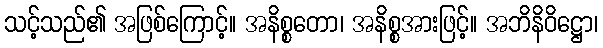
သင့်သည်၏ အဖြစ်ကြောင့်။ အနိစ္စတော၊ အနိစ္စအားဖြင့်။ အဘိနိဝိဋ္ဌော၊